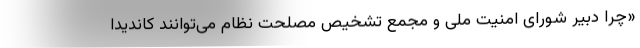
«چرا دبیر شورای امنیت ملی و مجمع تشخیص مصلحت نظام می‌توانند کاندیدا